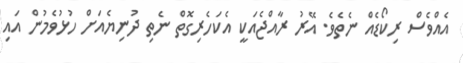
އެއްވެސް ރިކޯޑެއް ނެތެވެ. އޭރު ރާއްޖެއަކީ އެކަހެރިގޮތް ނެތި ދުނިޔެއަށް ހުޅުވެމުން އައި